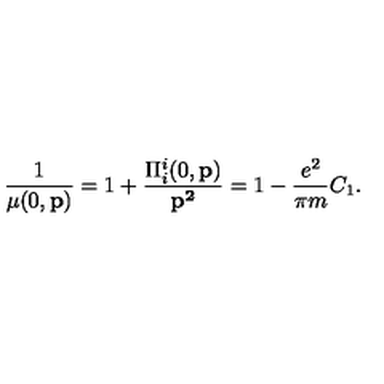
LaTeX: \frac { 1 } { \mu ( 0 , { \bf p } ) } = 1 + \frac { \Pi _ { i } ^ { i } ( 0 , { \bf p } ) } { { \bf p ^ { 2 } } } = 1 - \frac { e ^ { 2 } } { \pi m } C _ { 1 } .